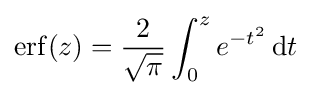
\operatorname {erf} (z)={\frac {2}{\sqrt {\pi }}}\int _{0}^{z}e^{-t^{2}}\,\mathrm {d} t